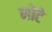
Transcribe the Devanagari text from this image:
नोटे